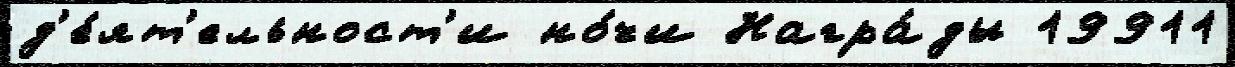
д'е́ят'ельност'и но́чи Награ́ды 19911